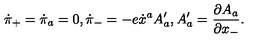
\dot { \pi } _ { + } = \dot { \pi } _ { a } = 0 , \dot { \pi } _ { - } = - e \dot { x } ^ { a } A _ { a } ^ { \prime } , A _ { a } ^ { \prime } = \frac { \partial A _ { a } } { \partial x _ { - } } .